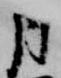
月